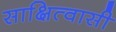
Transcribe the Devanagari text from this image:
साक्षित्वासी